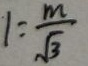
1 = \frac { m } { \sqrt { 3 } }